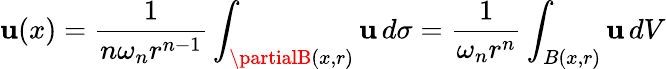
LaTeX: \mathbf{u}(x)={\frac{{1}}{{n\omega_{n}r^{n-1}}}}\int_{\partialB(x,r)}\mathbf{u}\, d\sigma={\frac{{1}}{{\omega_{n}r^{n}}}}\int_{B(x,r)}\mathbf{u}\, dV